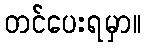
တင်ပေးရမှာ။